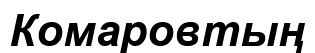
Комаровтың